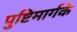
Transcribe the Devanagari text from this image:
पुष्टिमार्गके